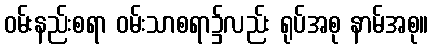
ဝမ်းနည်းစရာ ဝမ်းသာစရာ၌လည်း ရုပ်အစု နာမ်အစု။